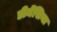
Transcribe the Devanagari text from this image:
डीमेंसिया